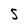
Character: S